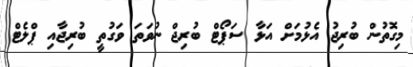
މިގޮތުން ބުރިޖު އެޅުމަށް އަޅާ ސަޕޯޓް ބުރިޖް ނުވަތަ ވަގުތީ ބުރިޖާއި ޕްލެޓް